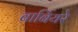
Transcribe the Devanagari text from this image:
बार्बियरे